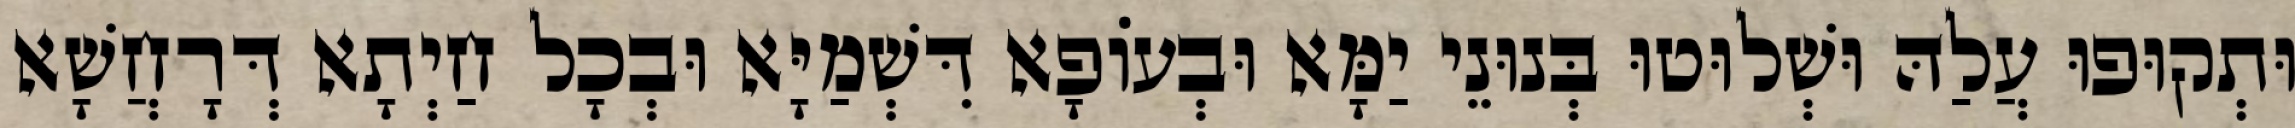
וּתְקוּפוּ עֲלַהּ וּשְׁלוּטוּ בְּנוּנֵי יַמָּא וּבְעוֹפָא דִּשְׁמַיָּא וּבְכָל חַיְתָא דְּרָחֲשָׁא